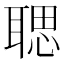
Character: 𦖻